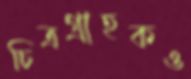
চিত্রগ্রাহকও